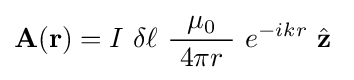
\mathbf {A} \!\left(\mathbf {r} \right)=I\ \delta \ell \ {\frac {\mu _{0}}{\ 4\pi r\ }}\ e^{-ikr}\ {\hat {\mathbf {z} }}\